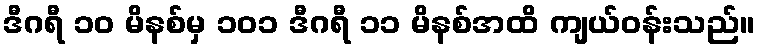
ဒီဂရီ ၁၀ မိနစ်မှ ၁၀၁ ဒီဂရီ ၁၁ မိနစ်အထိ ကျယ်ဝန်းသည်။